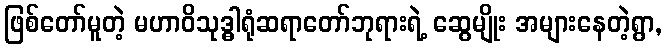
ဖြစ်တော်မူတဲ့ မဟာဝိသုဒ္ဓါရုံဆရာတော်ဘုရားရဲ့ ဆွေမျိုး အများနေတဲ့ရွာ,